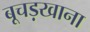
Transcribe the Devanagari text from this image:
बूचड़खाना